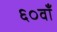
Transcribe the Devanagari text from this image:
६०वाँ